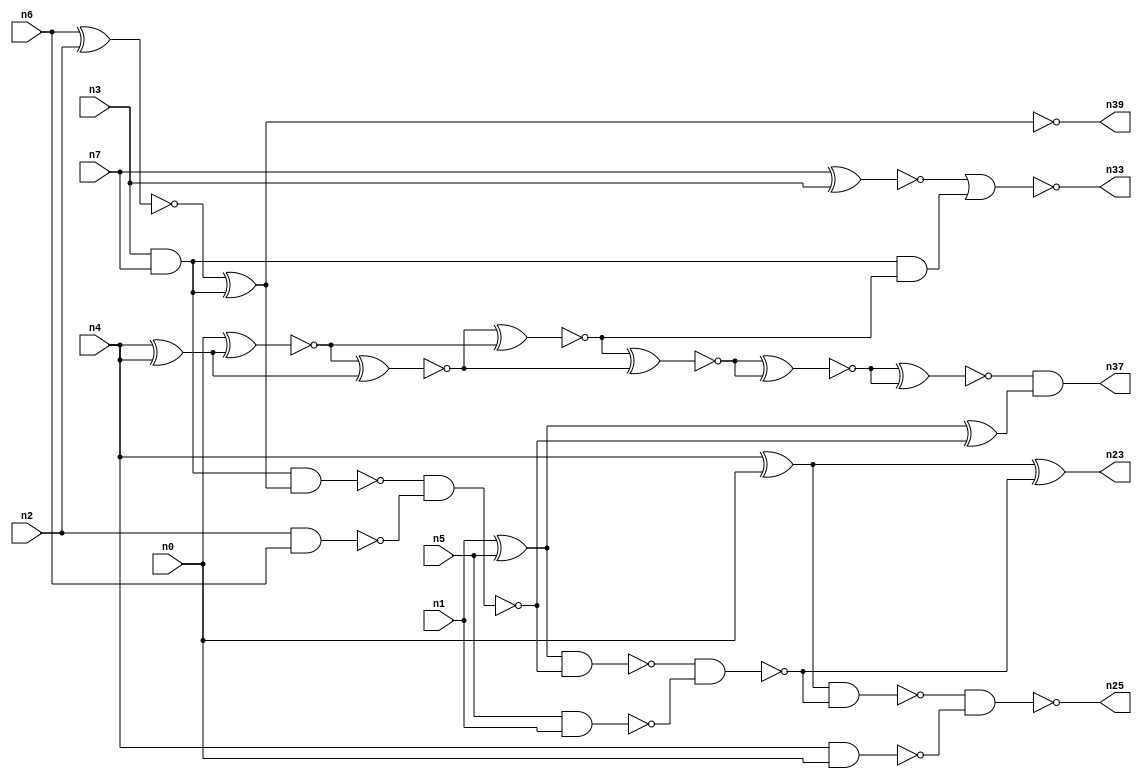
// This file contains a pareto-optimal circuit with respect to power and the fault-resilince parameter p_fault which is defined as:
// "For all input vectors, the ratio of the no. of faults observable at the POs to the no. of total possible faults in the circuit".
// This code is part of the ReCkt library (https://github.com/umar-afzaal/ReCkt) distributed under The MIT License.
// When used, please cite the following article(s):
// U. Afzaal, A.S. Hassan, M. Usman and J.A. Lee, "On the Evolutionary Synthesis of Increased Fault-resilience Arithmetic Circuits".

// p_fault = 66.2 %    (Lower is better)
// gates = 30.0
// levels = 8
// area = 42.26    (For MCNC library relative to nand2)
// power = 151.4 uW    (Berkely-SIS for MCNC library @ Vdd=5V and 20 MHz clock)
// delay = 16.4 ns    (Berkely-ABC for MCNC library)
// PDP = 2.48296e-12 J

// Pin mapping:
// {n0, n1, n2, n3} = A[3:0]
// {n4, n5, n6, n7} = B[3:0]
// {n25, n23, n37, n39, n33} = O[4:0]

module addr4u_power_6 (
n0, n1, n2, n3, n4, n5, n6, n7, 
n25, n23, n37, n39, n33
);

input n0, n1, n2, n3, n4, n5, n6, n7;
output n25, n23, n37, n39, n33;
wire n29, n38, n13, n18, n30, n24, n20, n9, n14, n16, n35, n22, n8, n15, n32, n10, n31, n26, n19, n21, 
n27, n11, n28, n12, n17;

and (n8, n3, n7);
xnor (n9, n6, n2);
xor (n10, n1, n5);
nand (n11, n5, n1);
nand (n12, n4, n0);
nand (n13, n2, n6);
xnor (n14, n7, n3);
xor (n15, n4, n0);
xor (n16, n9, n8);
nand (n17, n8, n16);
xor (n18, n4, n4);
nand (n19, n17, n13);
nand (n20, n10, n19);
xnor (n21, n10, n19);
nand (n22, n20, n11);
xor (n23, n15, n22);
nand (n24, n15, n22);
nand (n25, n24, n12);
nand (n26, n21, n21);
xnor (n27, n0, n18);
xnor (n28, n27, n18);
xnor (n29, n28, n27);
xnor (n30, n29, n28);
and (n31, n8, n29);
xnor (n32, n30, n30);
nor (n33, n14, n31);
xnor (n35, n32, n32);
and (n37, n35, n26);
nand (n38, n16, n16);
and (n39, n38, n38);

endmodule